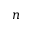
n